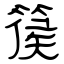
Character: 篌